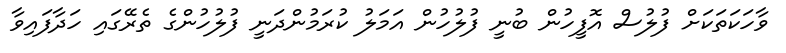
ވާހަކަތަކަށް ފުލުސް އޮފީހުން ބުނީ ފުލުހުން އަމަލު ކުރަމުންދަނީ ފުލުހުންގެ ތެރޭގައި ހަދާފައިވާ